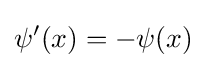
\psi '(x)=-\psi (x)